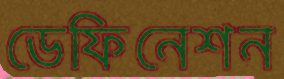
ডেফিনেশন